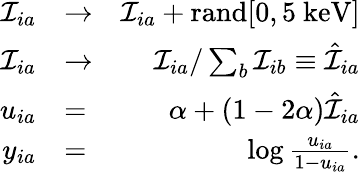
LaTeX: \begin{array}{rlr}{\mathcal{I}_{ia}}&{\to}&{\mathcal{I}_{ia}+\mathrm{rand}[0,5~\mathrm{keV}]}\\ {\mathcal{I}_{ia}}&{\to}&{\mathcal{I}_{ia}/\sum_{b}\mathcal{I}_{ib}\equiv\hat{\mathcal{I}}_{ia}}\\ {u_{ia}}&{=}&{\alpha+(1-2\alpha)\hat{\mathcal{I}}_{ia}}\\ {y_{ia}}&{=}&{\log\frac{u_{ia}}{1-u_{ia}}.}\end{array}